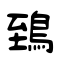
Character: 鵄